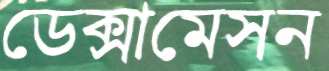
ডেক্সামেসন